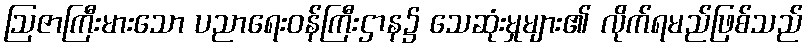
ဩဇာကြီးမားသော ပညာရေးဝန်ကြီးဌာန၌ သေဆုံးမှုများ၏ လိုက်ရမည်ဖြစ်သည်